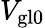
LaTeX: V_{\mathrm{gl0}}